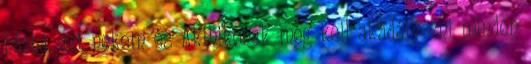
házba, azt nekem és Akihikonak meg kell akadályozni minden